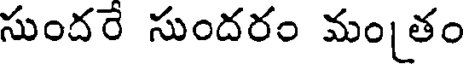
సుందరే సుందరం మంతం